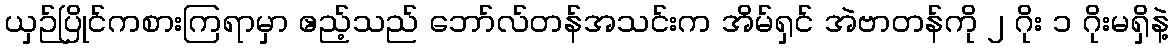
ယှဉ်ပြိုင်ကစားကြရာမှာ ဧည့်သည် ဘော်လ်တန်အသင်းက အိမ်ရှင် အဲဗာတန်ကို ၂ ဂိုး ၁ ဂိုးမရှိနဲ့